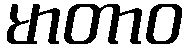
မာတာဝ